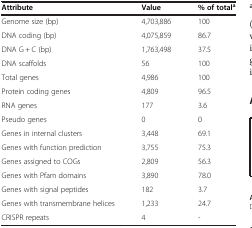
<table><thead><tr><td><b>Attribute</b></td><td><b>Value</b></td><td><b>% of total<sup>a</sup></b></td></tr></thead><tbody><tr><td>Genome size (bp)</td><td>4,703,886</td><td>100</td></tr><tr><td>DNA coding (bp)</td><td>4,075,859</td><td>86.7</td></tr><tr><td>DNA G + C (bp)</td><td>1,763,498</td><td>37.5</td></tr><tr><td>DNA scaffolds</td><td>56</td><td>100</td></tr><tr><td>Total genes</td><td>4,986</td><td>100</td></tr><tr><td>Protein coding genes</td><td>4,809</td><td>96.5</td></tr><tr><td>RNA genes</td><td>177</td><td>3.6</td></tr><tr><td>Pseudo genes</td><td>0</td><td>0</td></tr><tr><td>Genes in internal clusters</td><td>3,448</td><td>69.1</td></tr><tr><td>Genes with function prediction</td><td>3,755</td><td>75.3</td></tr><tr><td>Genes assigned to COGs</td><td>2,809</td><td>56.3</td></tr><tr><td>Genes with Pfam domains</td><td>3,890</td><td>78.0</td></tr><tr><td>Genes with signal peptides</td><td>182</td><td>3.7</td></tr><tr><td>Genes with transmembrane helices</td><td>1,233</td><td>24.7</td></tr><tr><td>CRISPR repeats</td><td>4</td><td>-</td></tr></tbody></table>